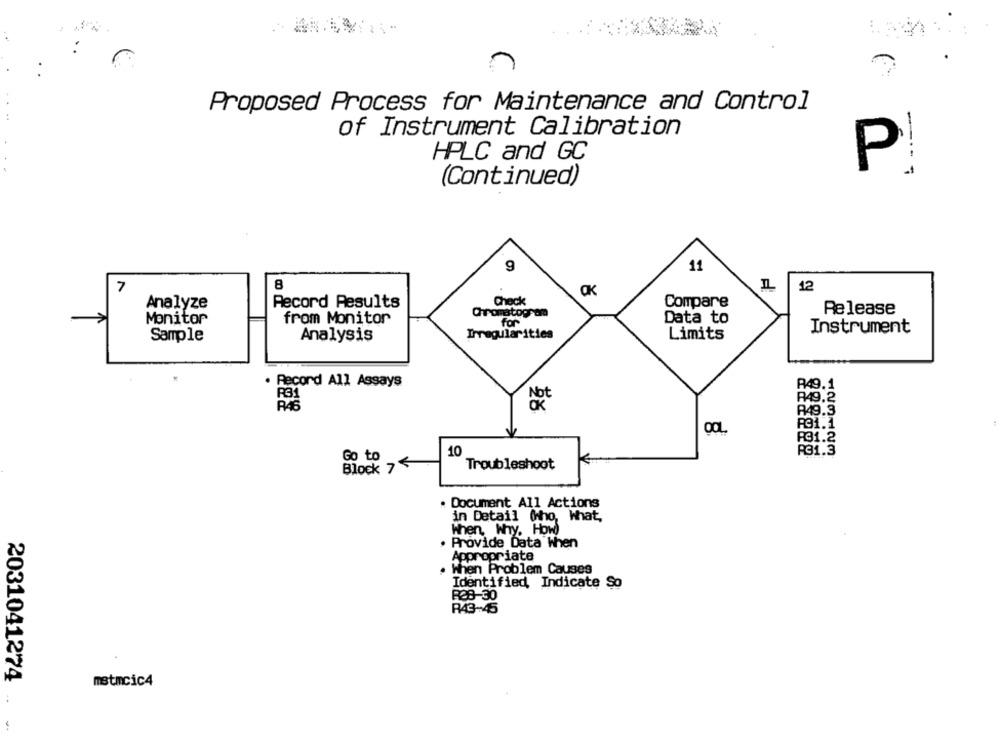
..
Proposed Process for Maintenance and Control
of Instrument Calibration
HPLC and GC
P!
---
(Continued)
g
11
7
8
12
Analyze
Record Results
Check
Compare
Release
Monitor
from Monitor
Chromatogram
Data to
for
Instrument
Sample
Analysis
Irregularities
Limits
. Record All Assays
R49.1
R49.2
R46
Not
R49.3
P31.1
R31.2
10
R31.3
Go to
Block 75
Troubleshoot
. Document All Actions
in Detail (ho, What,
When, Why. How)
. Provide Data When
Appropriate
. When Problem Causes
Identified, Indicate So
R28-30
R43-45
2031041274
metmcic4
..